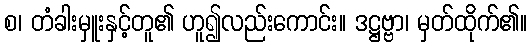
စ၊ တံခါးမှူးနှင့်တူ၏ ဟူ၍လည်းကောင်း။ ဒဋ္ဌဗ္ဗာ၊ မှတ်ထိုက်၏။